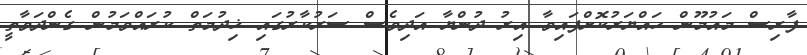
ފާރިސް މައުމޫން ހައްޔަރުކޮށްފައިވާ އިރު ދުންޔާ އަދިވެސް ސަރުކާރުގައި ޚިދުމަތް ކުރައްވަމުން ގެންދަވާތީ